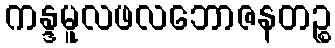
ကန္ဒမူလဖလဘောဇနတဉ္စ